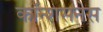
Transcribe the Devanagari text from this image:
कॉन्शसनेस